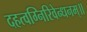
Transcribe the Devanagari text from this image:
दहत्वग्निरिवेन्धनम्॥